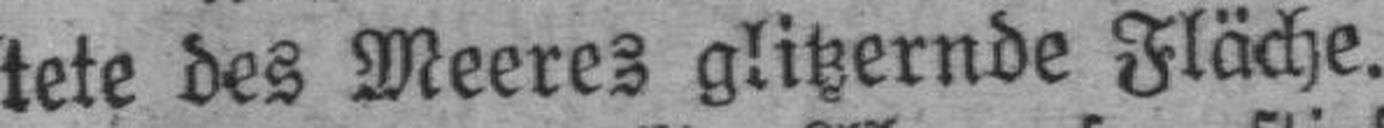
tete des Meeres glitzernde Fläche.